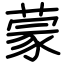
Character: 蒙